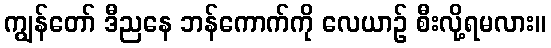
ကျွန်တော် ဒီညနေ ဘန်ကောက်ကို လေယာဉ် စီးလို့ရမလား။